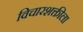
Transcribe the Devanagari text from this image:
विचारशक्तीला